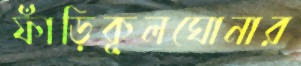
ফাঁড়িকূলঘোনার